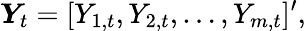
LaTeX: \boldsymbol{Y}_{t}=[Y_{1,t},Y_{2,t},\ldots,Y_{m,t}]^{\prime},